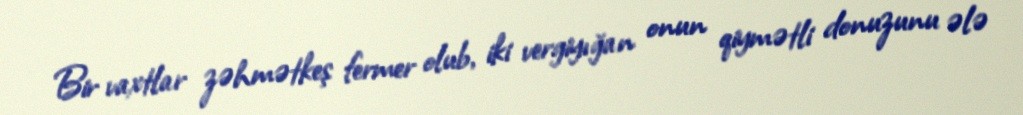
Bir vaxtlar zəhmətkeş fermer olub, iki vergiyığan onun qiymətli donuzunu ələ